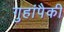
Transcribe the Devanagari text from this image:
गुहांपैकी